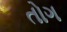
તોગ